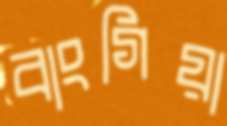
বাংগিয়া